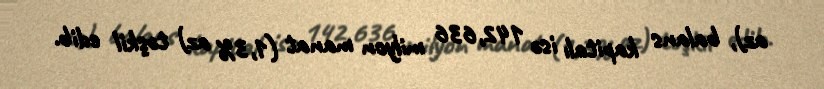
az), balans kapitalı isə 142,636 milyon manat (1,3% az) təşkil edib.